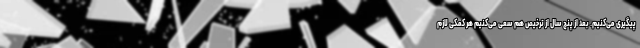
پیگیری می‌کنیم. بعد از پنج سال از ترخیص هم سعی می‌کنیم هر کمکی لازم